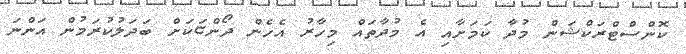
ކޮންސްޓްރަކްޝަން މުދާ ކަމަށާއި އެ މުދާތައް މިހާރު އެހެން ދޯންޏަކަށް ބަދަލުކުރަމުން އަންނަ